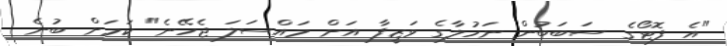
"އެ ފޮޓޯގެ ސަބަބުން ނަހުލާގެ ވަޒީފާ އަށް މައްސަލަ ޖެހޭނެ" ކަމަށް ބުނެ